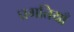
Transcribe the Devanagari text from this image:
प्रगतियाँ